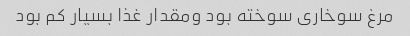
مرغ سوخاری سوخته بود ومقدار غذا بسیار کم بود